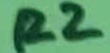
Text: R2